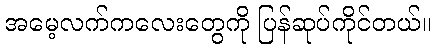
အမေ့လက်ကလေးတွေကို ပြန်ဆုပ်ကိုင်တယ်။